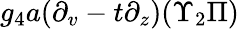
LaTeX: g_{4}a(\partial_{v}-t\partial_{z})(\Upsilon_{2}\Pi)